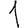
Digit: 1